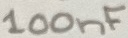
Text: 100nF